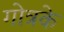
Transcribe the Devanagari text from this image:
गोत्रके